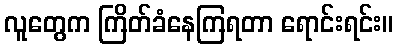
လူတွေက ကြိတ်ခံနေကြရတာ ရောင်းရင်း။